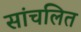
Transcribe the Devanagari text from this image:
सांचलित